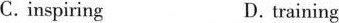
C.inspiring D.training